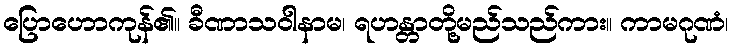
ပြောဟောကုန်၏။ ခီဏာသဝါနာမ၊ ရဟန္တာတို့မည်သည်ကား။ ကာမဂုဏံ၊